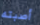
أصبته